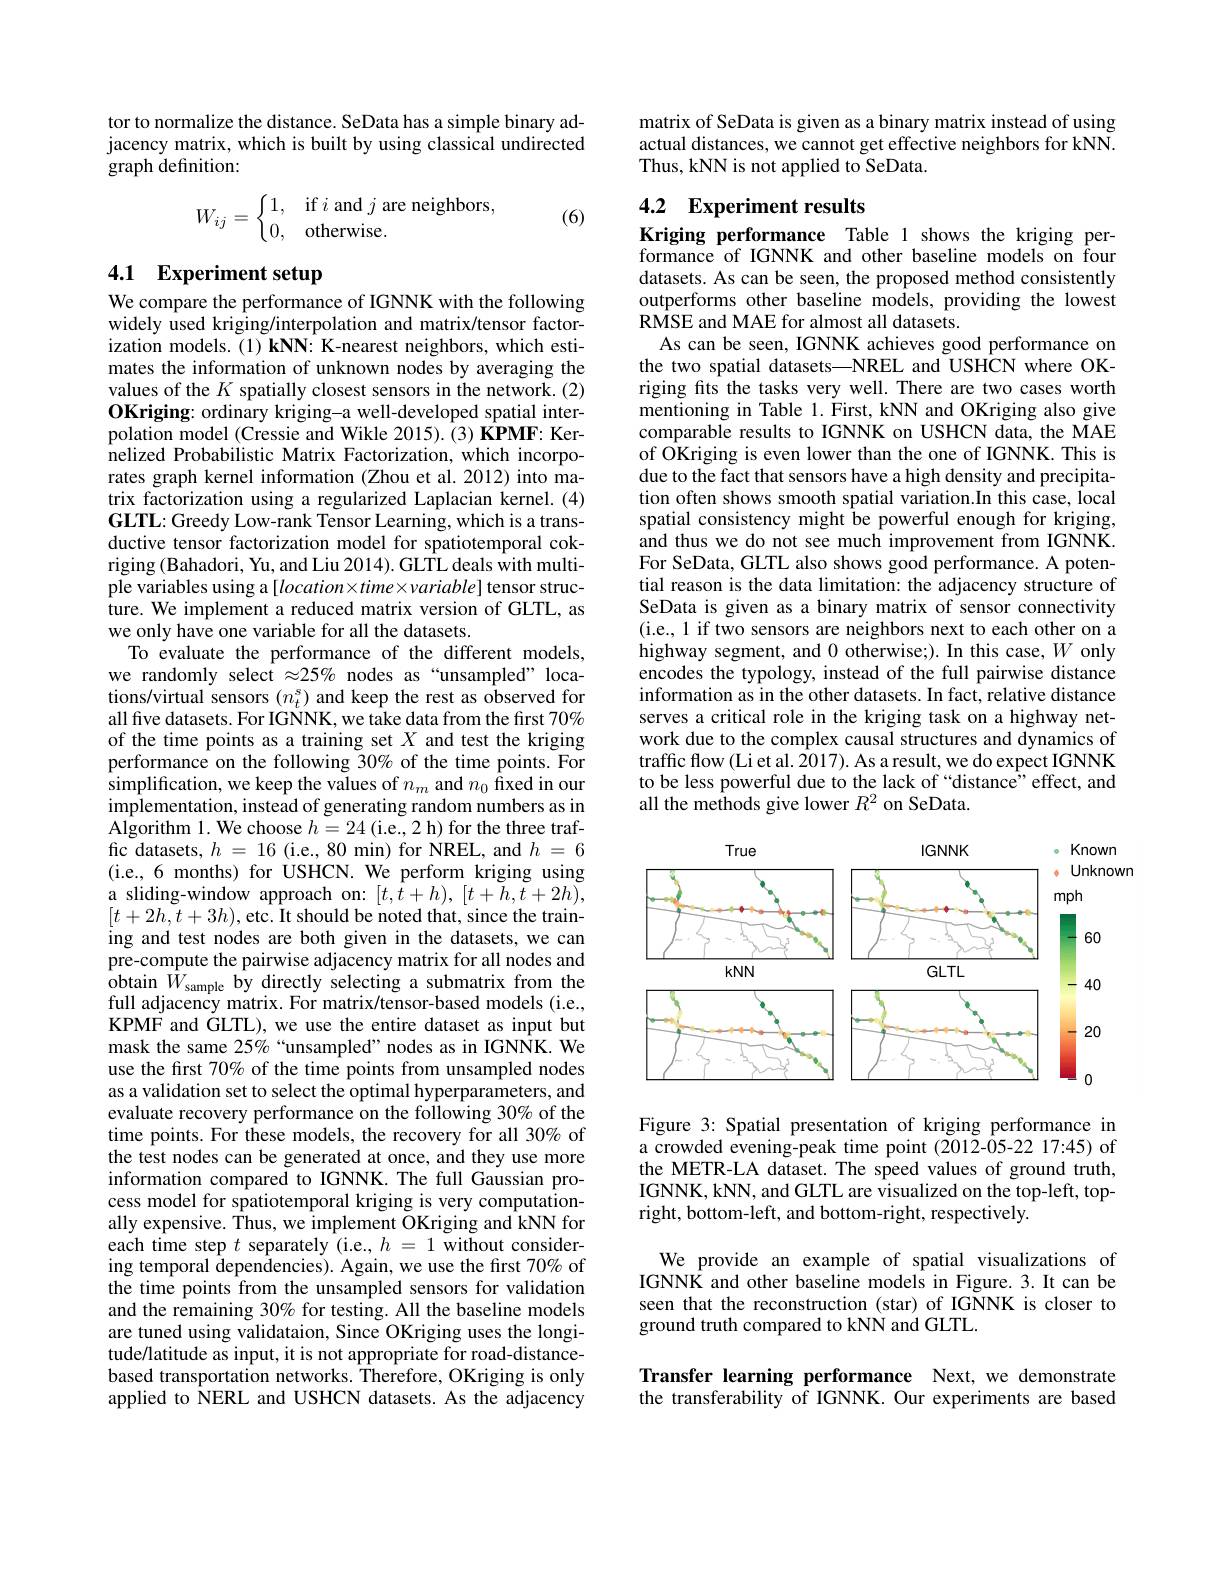
tor to normalize the distance. SeData has a simple binary adjacency matrix, which is built by using classical undirected graph definition:
$$W_{ij}=\left\{\begin{matrix}1,&\text{if}i\text{and}j\text{are neighbors},\\0,&\text{otherwise}.\end{matrix}\right.$$
(6)

## 4.1 Experiment setup We compare the performance of IGNNK with the following

widely used kriging/interpolation and matrix/tensor factorization models.(1) kNN: K-nearest neighbors, which estimates the information of unknown nodes by averaging the values of the $K$ spatially closest sensors in the network.(2) OKriging: ordinary kriging-a well-developed spatial interpolation model (Cressie and Wikle 2015).(3) KPMF: Kernelized Probabilistic Matrix Factorization, which incorporates graph kernel information (Zhou et al. 2012) into matrix factorization using a regularized Laplacian kernel. (4) GLTL: Greedy Low-rank Tensor Learning, which is a transductive tensor factorization model for spatiotemporal cokriging (Bahadori, Yu, and Liu 2014). GLTL deals with multiple variables using a $[location\times time\times variable]$ tensor structure. We implement a reduced matrix version of GLTL, as we only have one variable for all the datasets.
To evaluate the performance of the different models, we randomly select $\approx25\%$ nodes as “unsampled” locations/virtual sensors $(n_t^s)$ and keep the rest as observed for all five datasets. For IGNNK, we take data from the first $70\%$ of the time points as a training set $X$ and test the kriging performance on the following 30% of the time points. For simplification, we keep the values of $n_m$ and $n_0$ fixed in our implementation, instead of generating random numbers as in $\hat{\mathrm{Algorithm~1.~We~choose~}h=24\mathrm{~(i.e.,~2~h)~for~the~three~traf-}}$ fic datasets, $h=16$ (i.e., 80 min) for NREL, and $h=6$ (i.e.,6 months) for USHCN. We perform kriging using a sliding-window approach on: $[t,\hat{t}+h),[t+\bar{h},\tilde{t}+2h)$, $[t+2h,t+3h)$,etc. Ît should be noted that, since the training and test nodes are both given in the datasets, we can pre-compute the pairwise adjacency matrix for all nodes and $\begin{array}{ll}{\mathrm{obtain~}\hat{W}_{\mathrm{sample~}}}&{\mathrm{by~directly~}}\end{array}$ full adjacency matrix. For matrix/tensor-based models (i.e., KPMF and GLTL), we use the entire dataset as input but mask the same 25% “unsampled”nodes as in IGNNK. We use the first 70% of the time points from unsampled nodes as a validation set to select the optimal hyperparameters, and evaluate recovery performance on the following 30% of the time points. For these models, the recovery for all 30% of the test nodes can be generated at once, and they use more information compared to IGNNK. The full Gaussian process model for spatiotemporal kriging is very computationally expensive. Thus, we implement OKriging and kNN for each time step $t$ separately (i.e., $h=1$ without considering temporal dependencies). Again, we use the first 70% of the time points from the unsampled sensors for validation and the remaining 30% for testing. All the baseline models are tuned using validataion, Since OKriging uses the longitude/latitude as input, it is not appropriate for road-distancebased transportation networks. Therefore, OKriging is only applied to NERL and USHCN datasets. As the adjacency

matrix of SeData is given as a binary matrix instead of using actual distances, we cannot get effective neighbors for kNN. Thus, kNN is not applied to SeData.

## 4.2 Experiment results

Kriging performance Table 1 shows the kriging performance of IGNNK and other baseline models on four datasets. As can be seen, the proposed method consistently outperforms other baseline models, providing the lowest RMSE and MAE for almost all datasets.
As can be seen, IGNNK achieves good performance on the two spatial datasets—NREL and USHCN where OKriging fits the tasks very well. There are two cases worth mentioning in Table 1. First, kNN and OKriging also give comparable results to IGNNK on USHCN data, the MAE of OKriging is even lower than the one of IGNNK. This is due to the fact that sensors have a high density and precipitation often shows smooth spatial variation.In this case, local spatial consistency might be powerful enough for kriging, and thus we do not see much improvement from IGNNK. For SeData, GLTL also shows good performance. A potential reason is the data limitation: the adjacency structure of SeData is given as a binary matrix of sensor connectivity (i.e., 1 if two sensors are neighbors next to each other on a highway segment, and 0 otherwise;). In this case,$W$ only encodes the typology, instead of the full pairwise distance information as in the other datasets. In fact, relative distance serves a critical role in the kriging task on a highway network due to the complex causal structures and dynamics of traffic flow (Li et al. 2017). As a result, we do expect IGNNK to be less powerful due to the lack of “distance”effect, and all the methods give lower $R^2$ on SeData.

<FigureHere>

Figure 3: Spatial presentation of kriging performance in a crowded evening-peak time point (2012-05-22 17:45) of the METR-LA dataset. The speed values of ground truth, IGNNK, kNN, and GLTL are visualized on the top-left, topright, bottom-left, and bottom-right, respectively.

We provide an example of spatial visualizations of IGNNK and other baseline models in Figure. 3. It can be seen that the reconstruction (star) of IGNNK is closer to ground truth compared to kNN and GLTL.

Transfer learning performance Next,we demonstrate the transferability of IGNNK. Our experiments are based